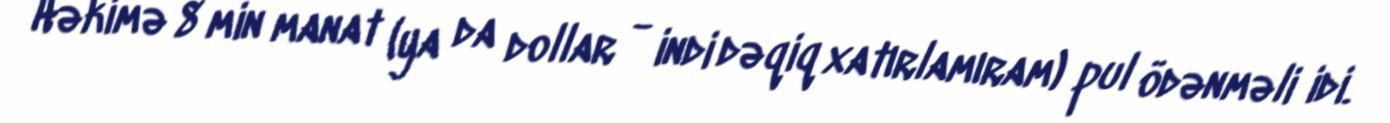
Həkimə 8 min manat (ya da dollar - indi dəqiq xatırlamıram) pul ödənməli idi.